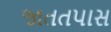
જાતતપાસ